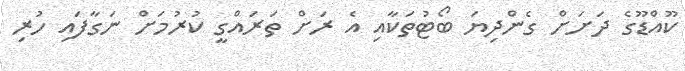
ކޫއްޑޫގެ ދަށަށް ގެންދިޔަ ބޯޓުތަކާއި އެ ރަށް ތަރައްގީ ކުރުމަށް ނަގާފައި ހުރި